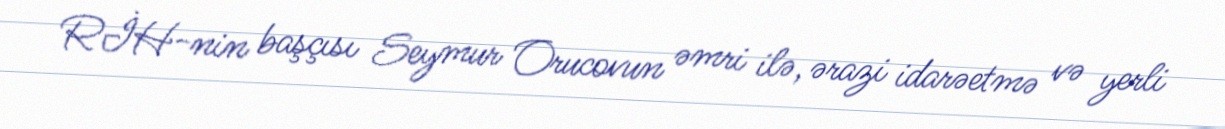
RİH-nin başçısı Seymur Orucovun əmri ilə, ərazi idarəetmə və yerli